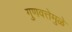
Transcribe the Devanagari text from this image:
गुणवत्तेमुळे